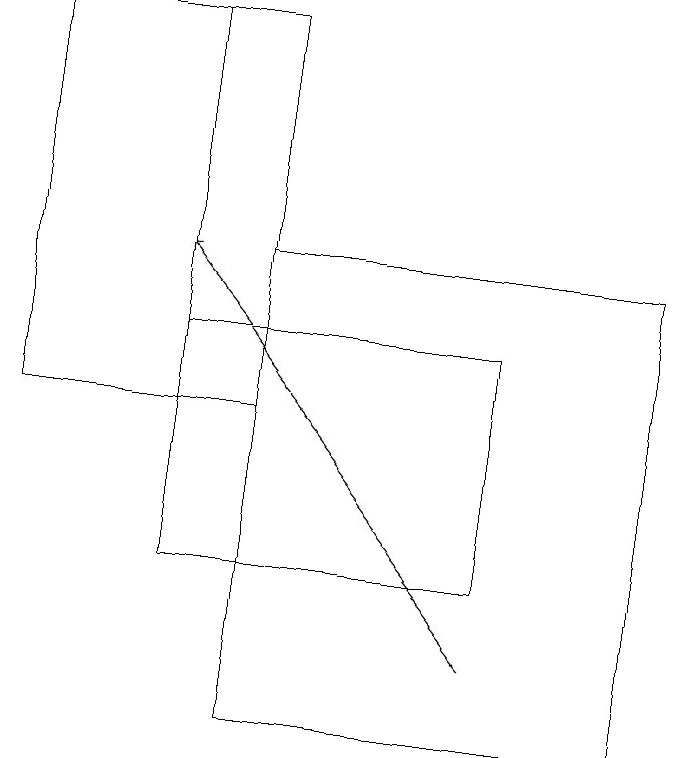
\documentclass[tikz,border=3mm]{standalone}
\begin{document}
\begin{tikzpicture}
\draw[->] (6,11) -- (2,16);
\draw (2,12) rectangle (3,19);
\draw (2,15) rectangle (6,12);
\draw (0,14) rectangle (3,19);
\draw (3,16) rectangle (8,10);
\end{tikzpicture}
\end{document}